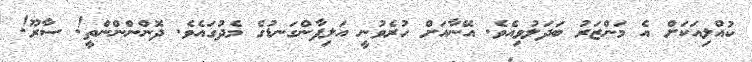
ކުއްލިއަކަށް އެ މަންޒަރު ބަދަލުވިއެވެ. އޭނާއަށް ހުރެވުނީ އަލިފާންގަނޑުގެ މެދުގައެވެ. ދޮންންންންތީ! ސާރޫ!